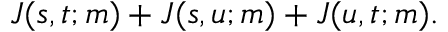
J ( s , t ; m ) + J ( s , u ; m ) + J ( u , t ; m ) .